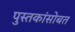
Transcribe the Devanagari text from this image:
पुस्तकांसोबत